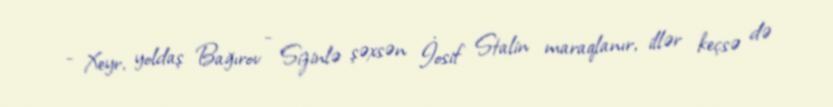
- Xeyr, yoldaş Bağırov - Sizinlə şəxsən İosif Stalin maraqlanır, illər keçsə də